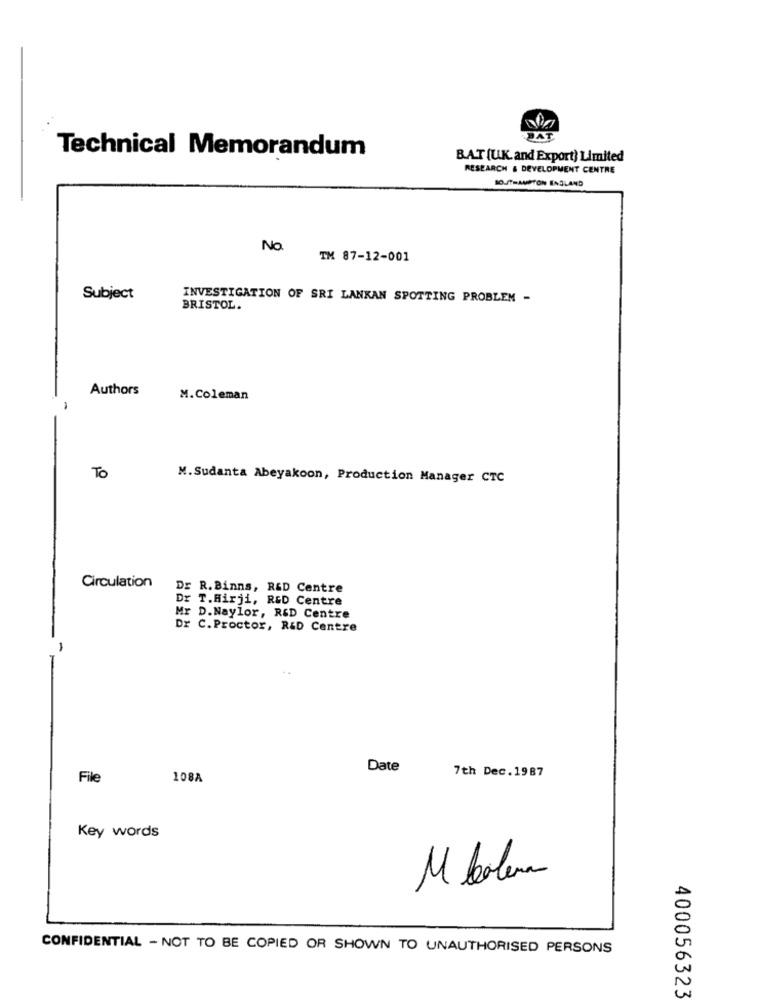
Technical Memorandum
BAT (UK. and Export) Limited
RESEARCH & DEVELOPMENT CENTRE
SOUTHAMPTON ENGLAND
No.
TM 87-12-001
Subject
INVESTIGATION OF SRI LANKAN SPOTTING PROBLEM -
BRISTOL.
Authors
M.Coleman
To
M. Sudanta Abeyakoon, Production Manager CTC
Circulation
Dr R. Binns, R&D Centre
Dr T.Hirji, RED Centre
Mr D. Naylor, R&D Centre
Dr C.Proctor, R&D Centre
Date
File
108A
7th Dec.1987
Key words
M balena
CONFIDENTIAL - NOT TO BE COPIED OR SHOWN TO UNAUTHORISED PERSONS
400056323